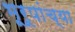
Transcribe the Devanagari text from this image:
भूरूपांच्या